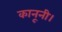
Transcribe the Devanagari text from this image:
कानूनी।